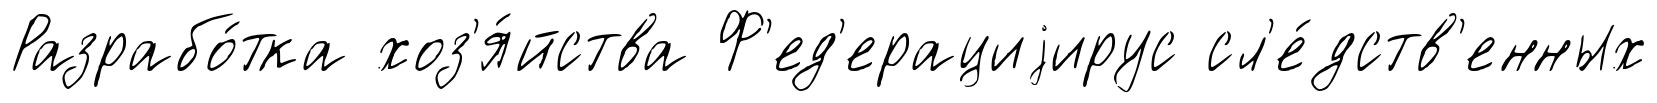
Разрабо́тка хоз'я́йства Ф'ед'ерациjирус сл'е́дств'енных